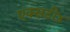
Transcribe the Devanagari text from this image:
एक्सटी४